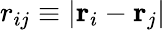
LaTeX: r_{ij}\equiv|{\mathbf r}_{i}-{\mathbf r}_{j}|